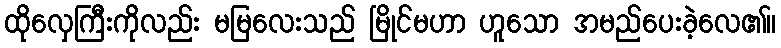
ထိုလှေကြီးကိုလည်း မမြလေးသည် မြိုင်မဟာ ဟူသော အမည်ပေးခဲ့လေ၏။